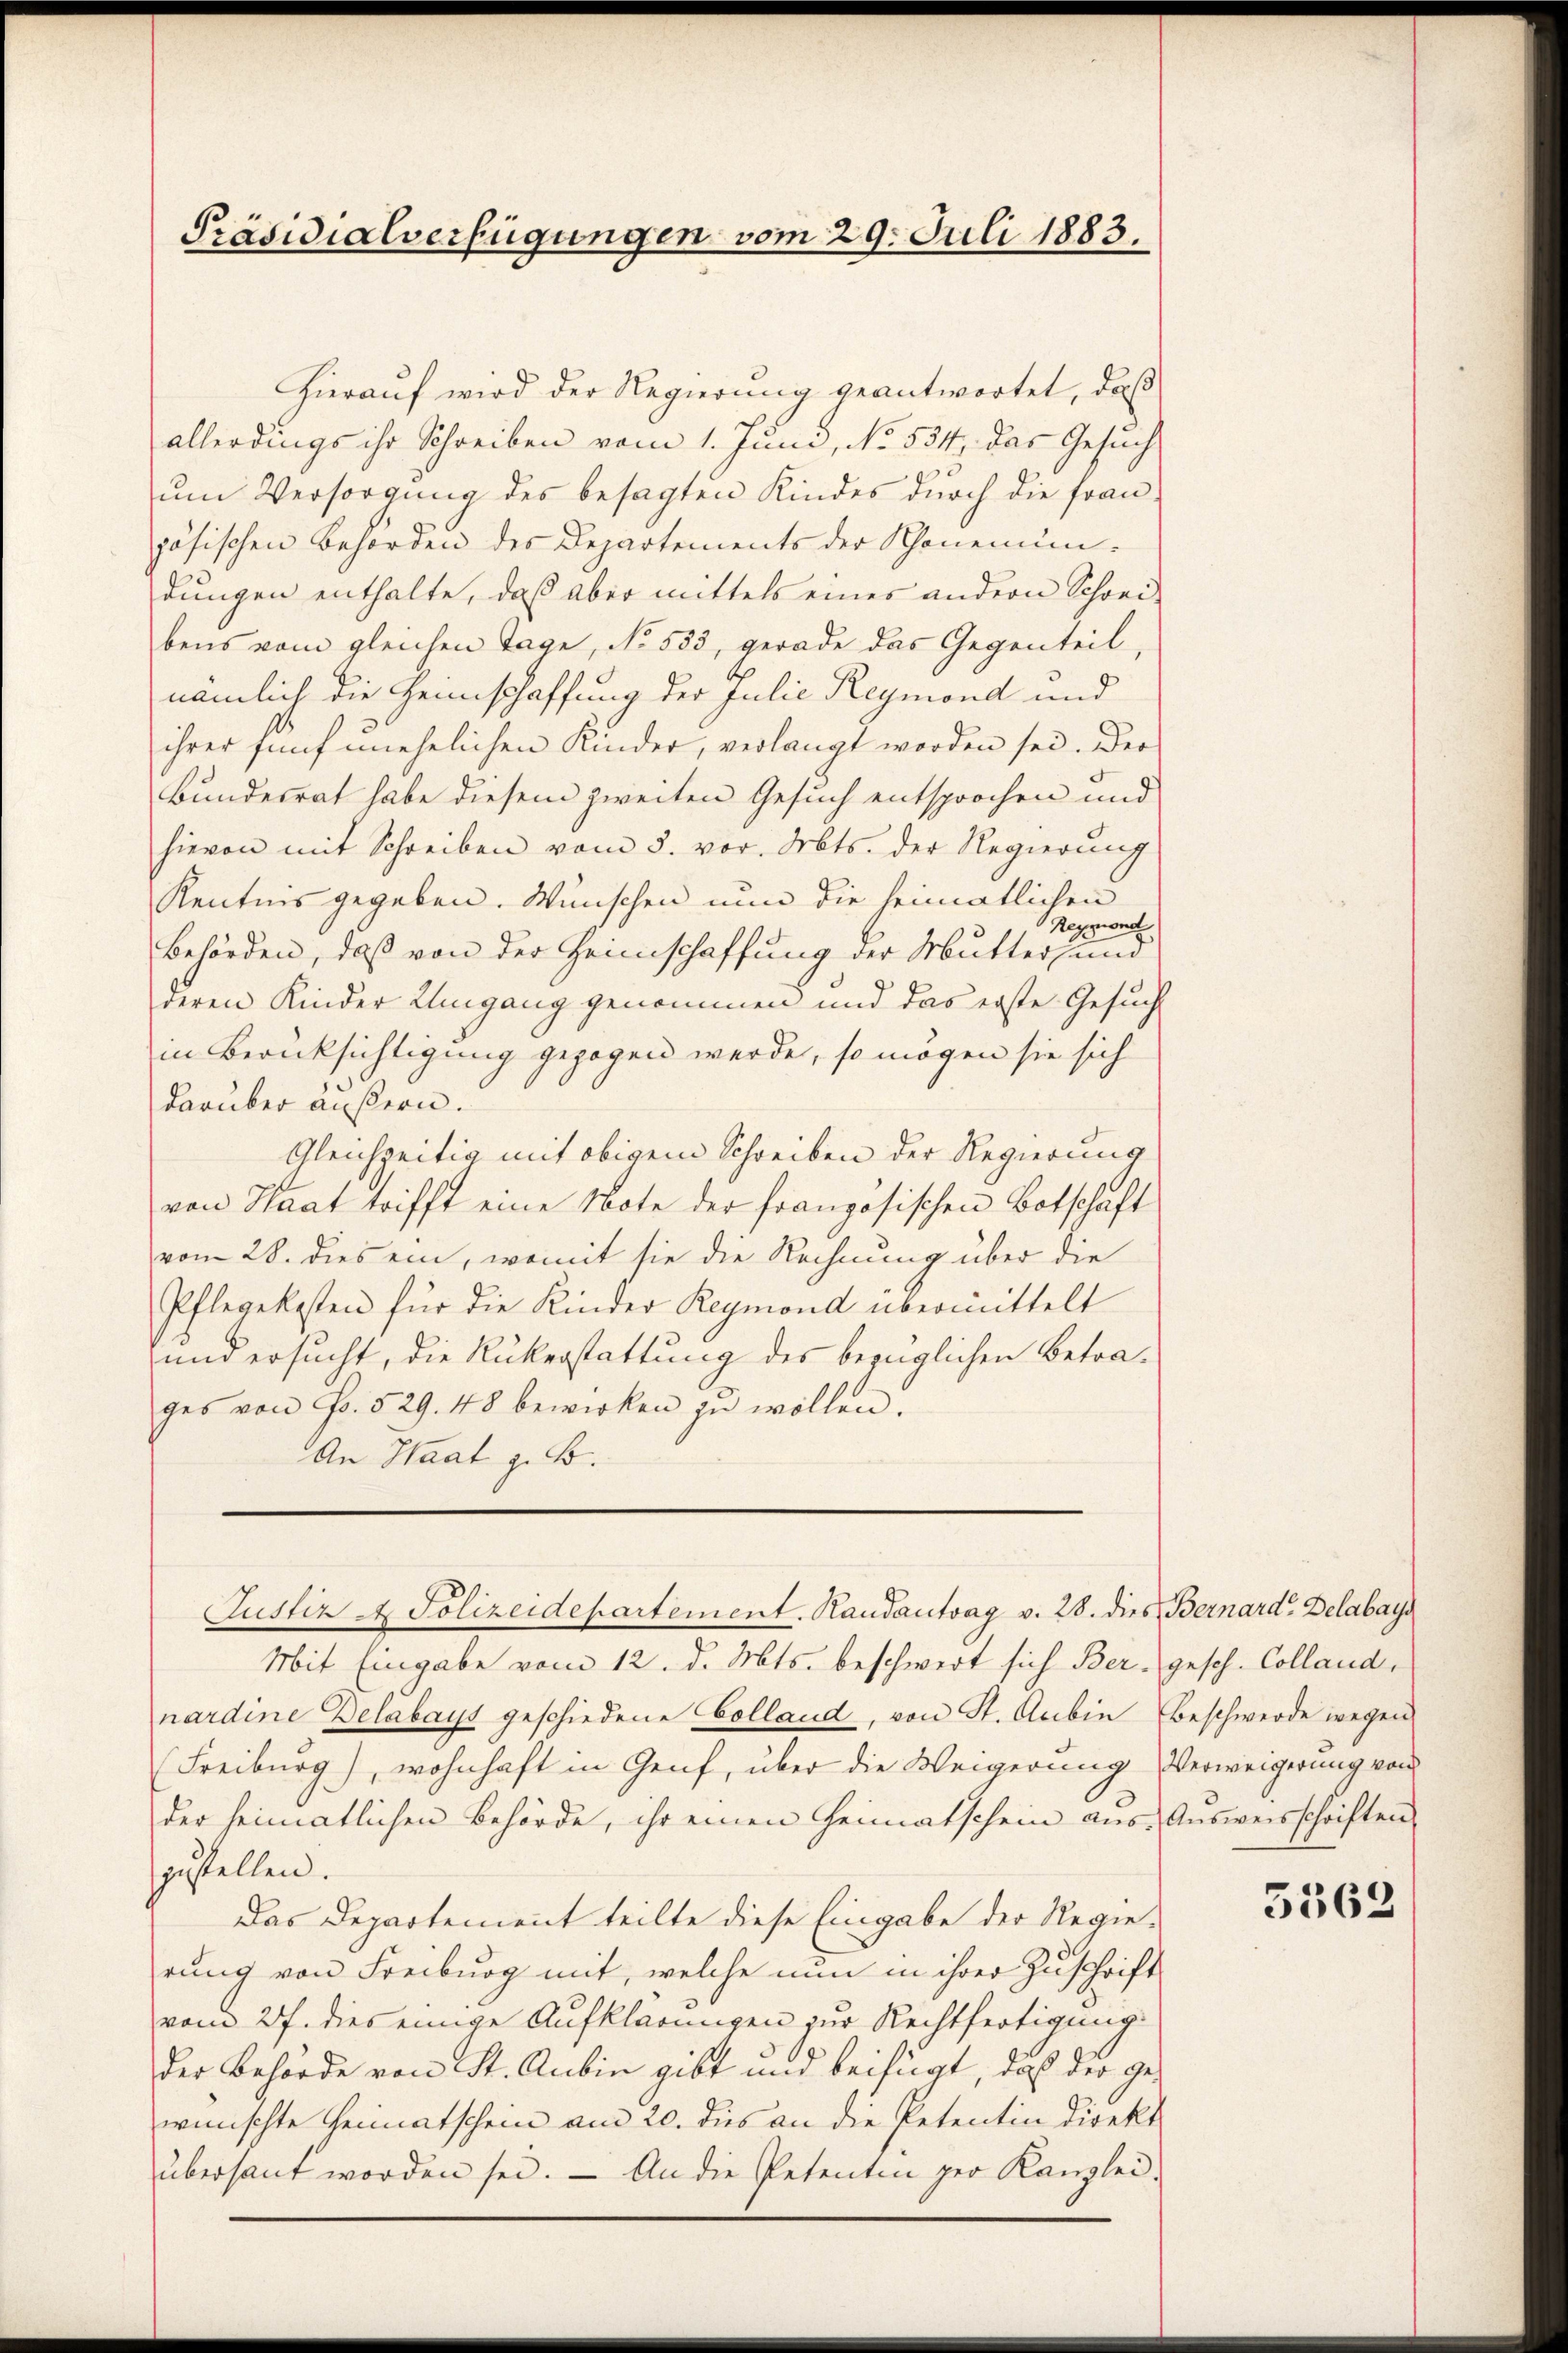
Präsidialverfügungen vom 29. Juli 1883.

Hierauf wird der Regierung geantwortet, daß
allerdings ihr Schreiben vom 1. Juni, No. 534, das Gesuch
um Versorgung des besagten Kindes durch die Fraupösischen Behörden des Departements der Schönenundungen enthalte, daß aber mittels eines andern Schrei-
bens vom gleichen Tage, No. 533, gerade das Gegenteil,
nämlich die Heimschaffung der Julie Reymond und
ihrer fünf unehelichen Kinder, verlangt worden sei. Der
Bundesrat habe diesem zweiten Gesuch entsprochen und
hievon mit Schreiben vom 3. vor. Mts. der Regierung
Kenntnis gegeben. Wünschen nun die heimatlichen
Reymond
Behörden, daß von der Heimschaffung der Mutter, und
deren Kinder Umgang genommen und das erste Gesuch
in Berücksichtigung gezogen werde, so mögen sie sich
darüber äußern.
Gleichzeitig mit obigem Schreiben der Regierung
von Haat trifft eine Note der französischen Botschaft
vom 28. dies ein, womit sie die Rechnung über die
Pflegekosten für die Kinder Reymond übermittelt
und ersucht, die Rükerstattung des bezüglichen Betrages von Fr. 529. 48 bewirken zŭ wollen.
An Staat z. B.

Justiz u. Polizeidepartement. Randantrag v. 28. dies Bernard Delabays

Mit Eingabe vom 12. d. Mts. beschwert sich Ber, gesch. Colland,
nardine Delabays geschiedene Colland, von St. Aubin Beschwerde wegen
(Freiburg), wohnhaft in Genf, über die Weigerung Verweigerung von
der heimatlichen Behörde, ihr einen Heimatschein aus. Ausweisschriften
zustellen.
Das Departement teilte diese Eingabe der Regierung von Freiburg mit, welche nun in ihrer Zuschrift
vom 27. dies einige Aufklärungen zur Rechtfertigung
der Behörde von St. Anbin gibt und beifügt, daß der gewünschte Heimatschein am 20. des an die Petentin direkt
übersant worden sei. — An die Petenten per Kanzlei.

5562